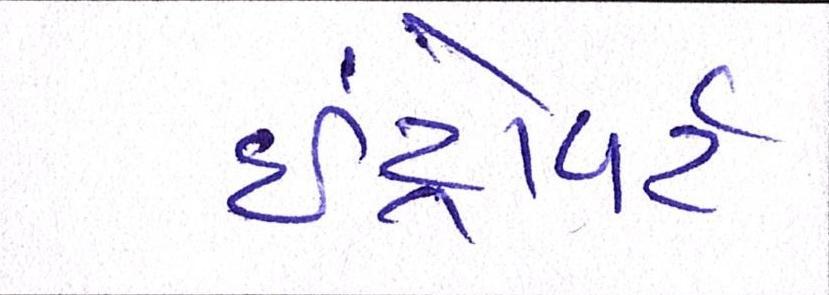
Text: ઇંટ્રોવર્ટ